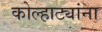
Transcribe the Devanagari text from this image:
कोल्हाट्यांना